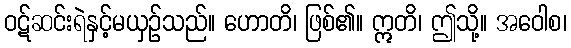
ဝဋ်ဆင်းရဲနှင့်မယှဉ်သည်။ ဟောတိ၊ ဖြစ်၏။ ဣတိ၊ ဤသို့။ အဝေါစ၊